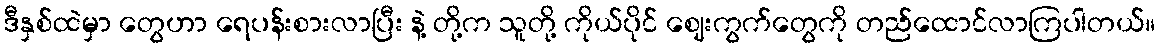
ဒီနှစ်ထဲမှာ တွေဟာ ရေပန်းစားလာပြီး နဲ့ တို့က သူတို့ ကိုယ်ပိုင် ဈေးကွက်တွေကို တည်ထောင်လာကြပါတယ်။